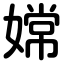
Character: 嫦